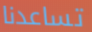
تساعدنا